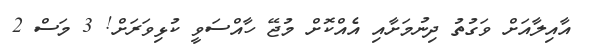
އާއިލާއަށް ވަގުތު ދިނުމަށާއި އެއްކޮށް މުޖޭ ހާއްސަވީ ކުޅިވަރަށް! 3 މަސް 2